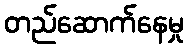
တည်ဆောက်နေမှု